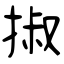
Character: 掓